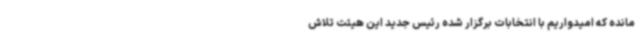
مانده که امیدواریم با انتخابات برگزار شده رئیس جدید این هیئت تلاش